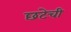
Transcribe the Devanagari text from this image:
छटेची